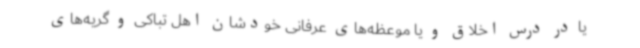
یا در درس اخلاق و یا موعظه‌های عرفانی خودشان اهل تباکی و گریه‌های